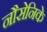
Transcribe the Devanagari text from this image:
नौसेनिके